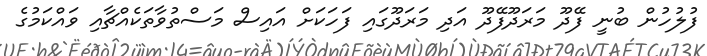
ފުލުހުން ބުނީ ފޭދޫ މަރަދޫފޭދޫ އަދި މަރަދޫގައި ފަހަކަށް އައިސް މަސްތުވާތަކެއްޗާއި ވައްކަމުގެ